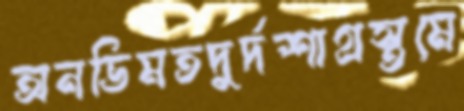
অনভিমতদুর্দশাগ্রস্তমে